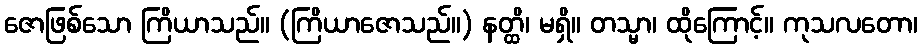
ဇောဖြစ်သော ကြိယာသည်။ (ကြိယာဇောသည်။) နတ္ထိ၊ မရှိ။ တသ္မာ၊ ထိုကြောင့်။ ကုသလတော၊